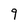
Character: 9